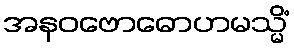
အနဝဗောဓောဟမသ္မိံ